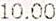
10.00